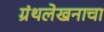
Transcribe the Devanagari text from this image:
ग्रंथलेखनाचा